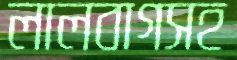
লালবাগসহ